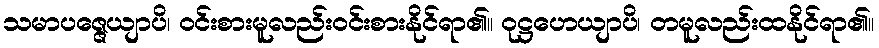
သမာပဇ္ဇေယျာပိ၊ ဝင်းစားမူလည်းဝင်းစားနိုင်ရာ၏။ ဝုဋ္ဌဟေယျာပိ၊ တမူလည်းထနိုင်ရာ၏။